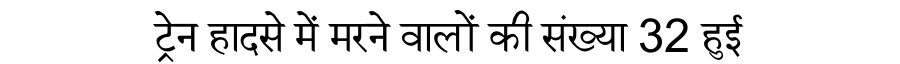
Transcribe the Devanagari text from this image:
ट्रेन हादसे में मरने वालों की संख्या 32 हुई